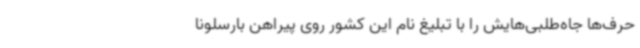
حرف‌ها جاه‌طلبی‌هایش را با تبلیغ نام این کشور روی پیراهن بارسلونا